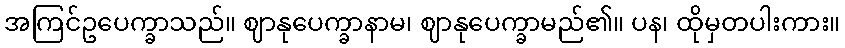
အကြင်ဥပေက္ခာသည်။ ဈာနုပေက္ခာနာမ၊ ဈာနုပေက္ခာမည်၏။ ပန၊ ထိုမှတပါးကား။